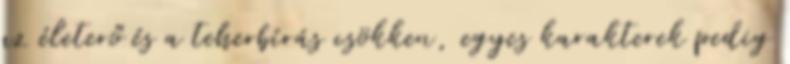
az életerő és a teherbírás csökken, egyes karakterek pedig